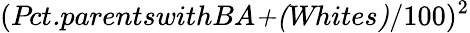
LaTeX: (\textit{Pct.parentswithBA+(Whites)}/100)^{2}